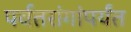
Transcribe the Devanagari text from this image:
पर्वतरांगांपर्यंत